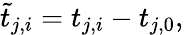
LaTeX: \tilde{t}_{j,i}=t_{j,i}-t_{j,0},